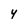
Character: 4